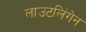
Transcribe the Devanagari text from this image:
लाउटलिंगेन